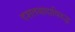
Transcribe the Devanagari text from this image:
दशतवादाविरुद्ध